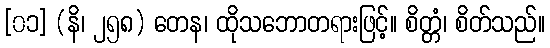
[၀၁] (နိ၊ ၂၅၈) တေန၊ ထိုသဘောတရားဖြင့်။ စိတ္တံ၊ စိတ်သည်။